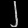
Digit: ၂